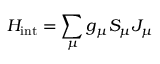
H _ { \mathrm { i n t } } = \sum _ { \mu } g _ { \mu } S _ { \mu } J _ { \mu }